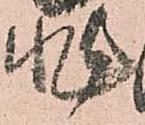
非